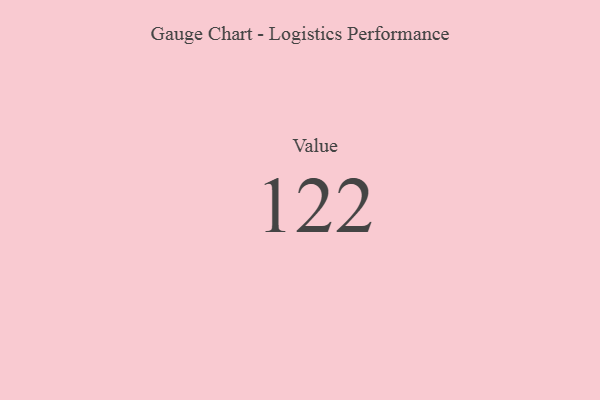
{"axis": {"x": "Metric", "y": "Value"}, "legend": [""], "data": [{"x": "Value", "y": 122, "type": ""}]}